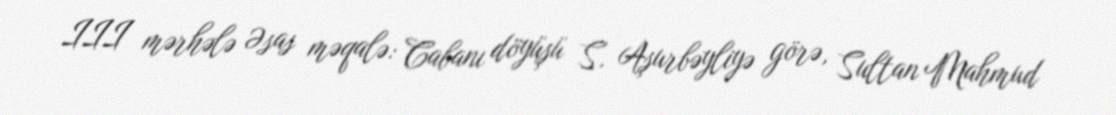
III mərhələ Əsas məqalə: Cabanı döyüşü S. Aşurbəyliyə görə, Sultan Mahmud